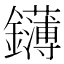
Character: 鑮